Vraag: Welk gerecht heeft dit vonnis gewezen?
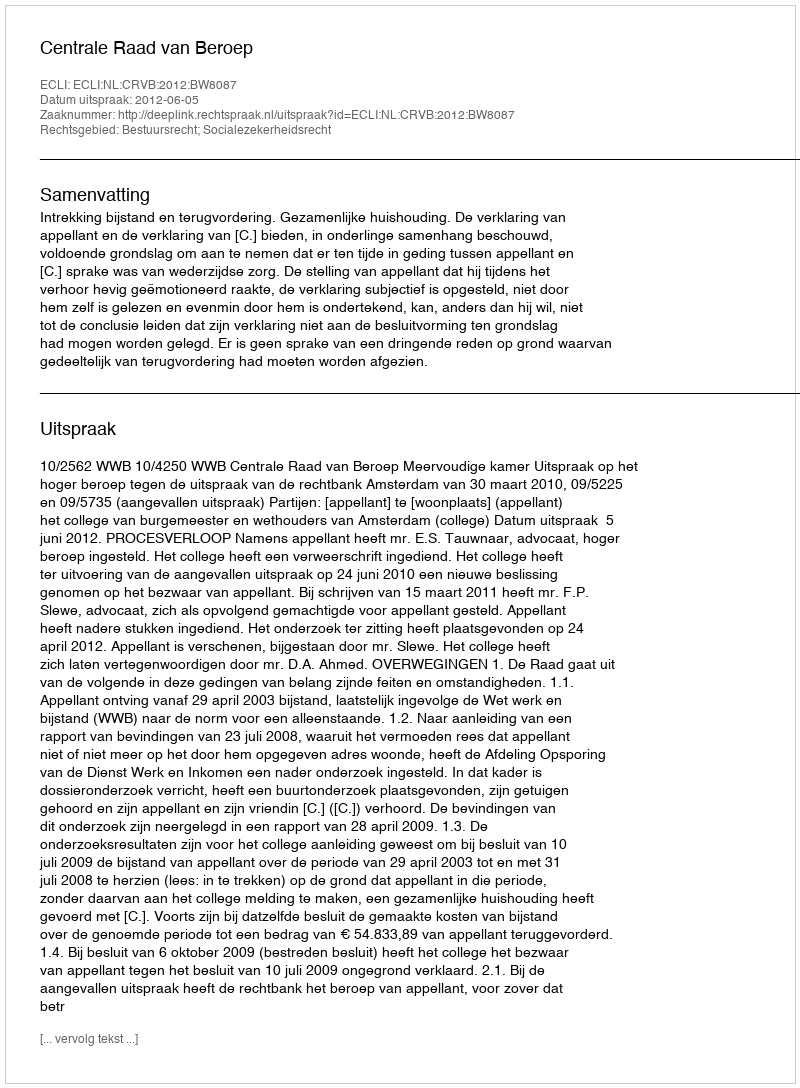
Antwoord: Centrale Raad van Beroep